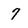
Character: 7